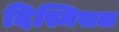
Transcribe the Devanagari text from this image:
दिस्मिसल